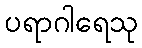
ပရာဂါရေသု